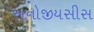
અનોજીયસીસ